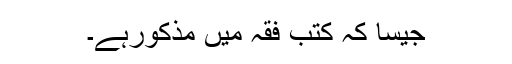
جیسا کہ کتب فقہ میں مذکورہے۔